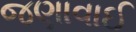
જણાવાઈ